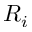
R _ { i }